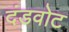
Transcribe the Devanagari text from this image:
दंडवोट